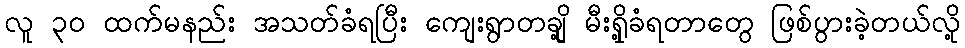
လူ ၃၀ ထက်မနည်း အသတ်ခံရပြီး ကျေးရွာတချို့ မီးရှို့ခံရတာတွေ ဖြစ်ပွားခဲ့တယ်လို့